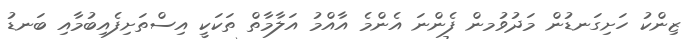
ޒިންކު ހަށިގަނޑުން މަދުވުމން ފެންނަ އެންމެ އާއްމު އަލާމާތް ތަކަކީ އިސްތަށިފެއިބުމާއި ބަނޑު